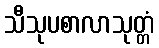
သီသုပစာလာသုတ္တံ